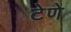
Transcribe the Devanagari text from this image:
टेणे